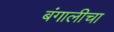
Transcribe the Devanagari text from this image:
बंगालीचा